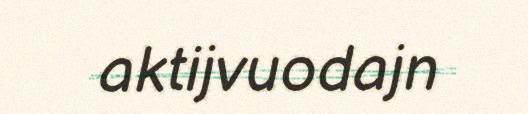
aktijvuodajn